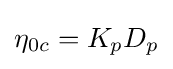
\eta _{0c}=K_{p}D_{p}